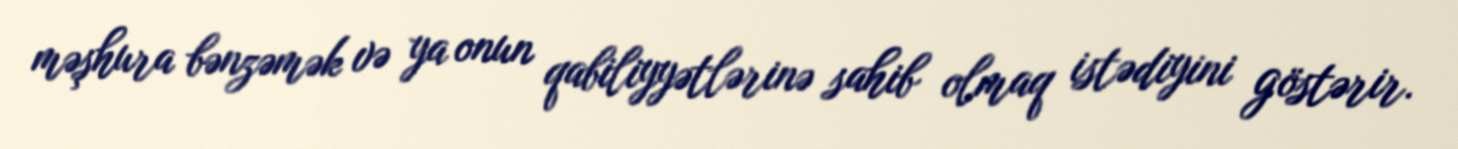
məşhura bənzəmək və ya onun qabiliyyətlərinə sahib olmaq istədiyini göstərir.